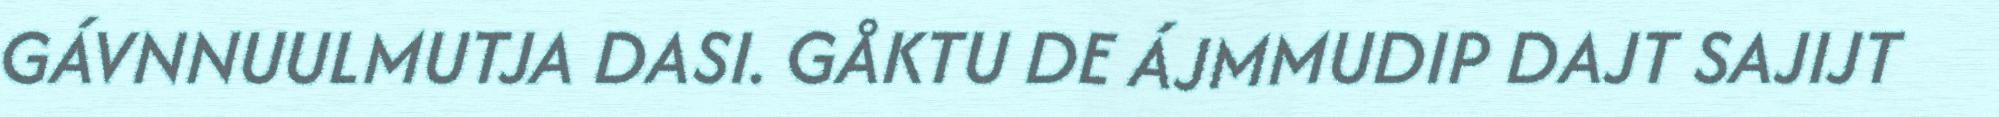
GÁVNNUULMUTJA DASI. GÅKTU DE ÁJMMUDIP DAJT SAJIJT